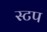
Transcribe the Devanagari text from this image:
स्टप